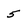
Character: 5